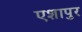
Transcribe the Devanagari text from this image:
एशापुर